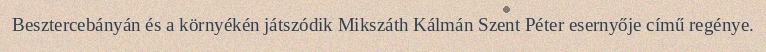
Besztercebányán és a környékén játszódik Mikszáth Kálmán Szent Péter esernyője című regénye.